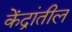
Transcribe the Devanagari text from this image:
केंद्रांतील